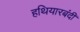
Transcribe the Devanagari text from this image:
हथियारबंदी